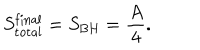
S _ { \mathrm { t o t a l } } ^ { \mathrm { f i n a l } } = S _ { \mathrm { B H } } = \frac { A } { 4 } .